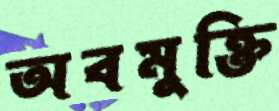
অবমুক্তি